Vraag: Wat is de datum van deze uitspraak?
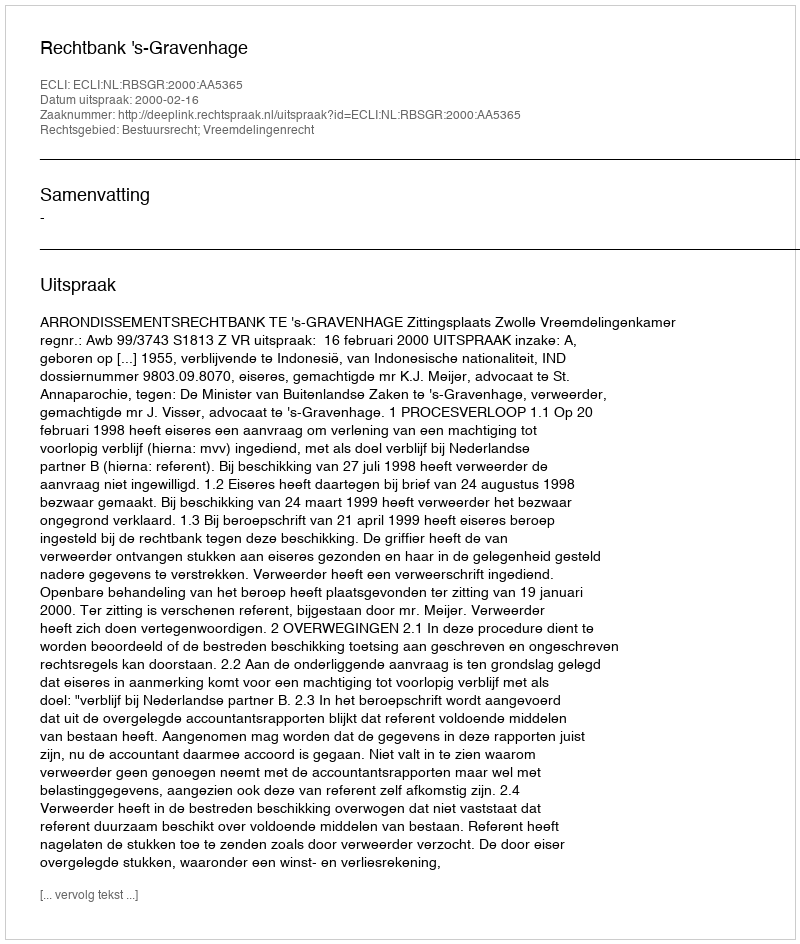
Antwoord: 2000-02-16